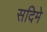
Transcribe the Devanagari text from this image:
सदिमे